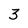
Character: 3